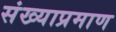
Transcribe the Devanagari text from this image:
संख्याप्रमाण